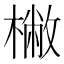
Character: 𣘮